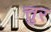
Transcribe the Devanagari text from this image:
त्तुर